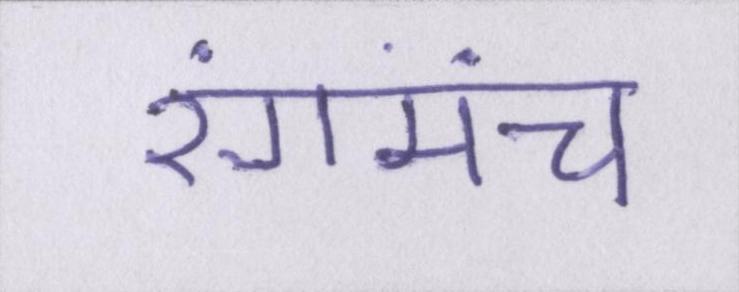
रंगमंच